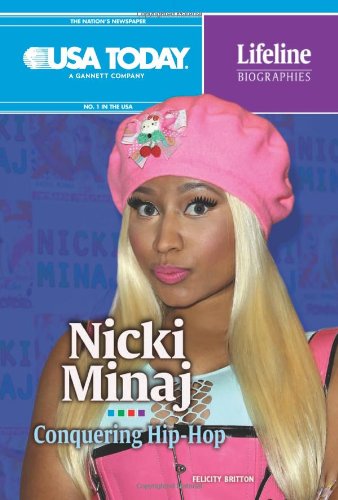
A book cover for Nicki Minaj: Conquering Hip-Hop (USA Today Lifeline Biographies); Felicity Britton; Teen & Young Adult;